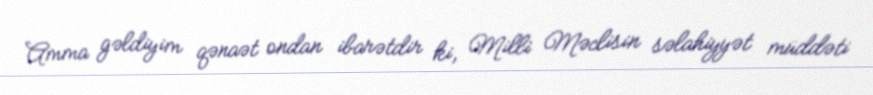
Amma gəldiyim qənaət ondan ibarətdir ki, Milli Məclisin səlahiyyət müddəti